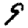
Digit: 9